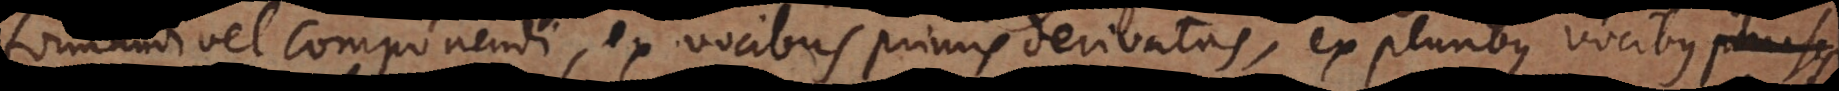
formandi vel componendi, ex vocibus primis derivatas, ex pluribus vocibus phrases